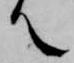
て